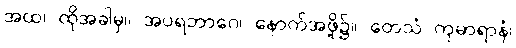
အထ၊ ထိုအခါမှ။ အပရဘာဂေ၊ နောက်အဖို့၌။ တေသံ ကုမာရာနံ၊